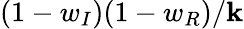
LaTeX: (1-w_{I})(1-w_{R})/\mathbf{k}